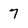
Character: 7